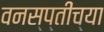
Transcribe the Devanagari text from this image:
वनस्प्तींच्या